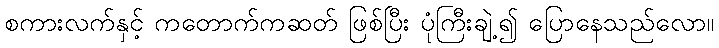
စကားလက်နှင့် ကတောက်ကဆတ် ဖြစ်ပြီး ပုံကြီးချဲ့၍ ပြောနေသည်လော။